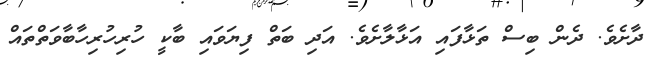
ދާށެވެ. ދެން ބިސް ތަޅާފައި އަޅާލާށެވެ. އަދި ބަތް ފިޔަވައި ބާކީ ހުރިހުރިހާބާވަތްތައް